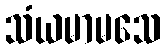
သံယမာမသေ